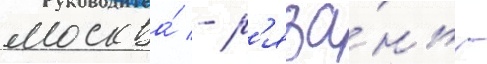
москва́ - р'яза́нь -